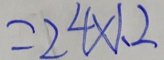
= 2 4 \times 1 . 2